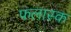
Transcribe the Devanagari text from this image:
फलास्क